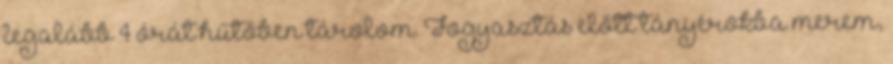
legalább 4 órát hűtőben tárolom. Fogyasztás előtt tányérokba merem,